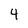
Character: 4